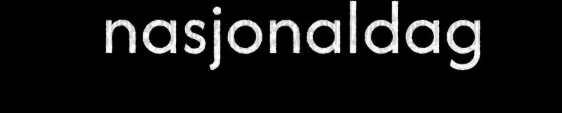
nasjonaldag